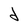
Character: d